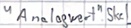
Text: "Analogwert".Skal